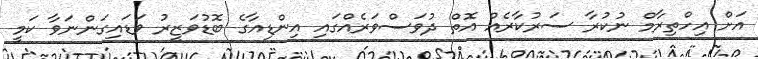
އަށް އިހްތިރާމް ނުކުރާ ސަރުކާރެއް އޮތް ދުވަސްވަރެއްގައި އިންޑިއާގެ ބޮޑުވަޒީރު ވަޑައިގަންނަވާ ކަމީ